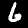
Label: 6